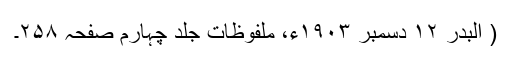
( البدر ۱۲ دسمبر ۱۹۰۳ء، ملفوظات جلد چہارم صفحہ ۲۵۸۔